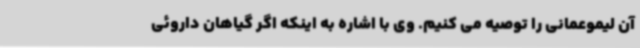
آن لیموعمانی را توصیه می کنیم. وی با اشاره به اینکه اگر گیاهان داروئی